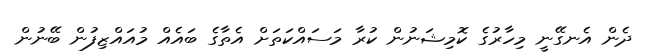
ދެން އެނގޭނީ މިހާރުގެ ކޮމިޝަނުން ކުރާ މަސައްކަތަށް އެތާގެ ބައެއް މުއައްޒިފުން ބޭނުން